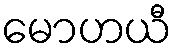
မောဟယီ